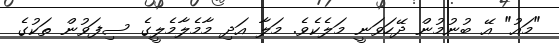
"މައު" އޭ ބުނުމުން ދޭހަވަނީ މަލެކެވެ. މަލާ އަދި މާމެލާމެލީގެ ސިފަވުން ތަކުގެ